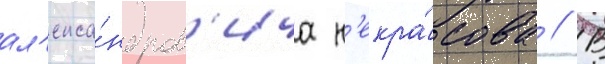
ал'екса́ндров'ича н'екра́сова // В